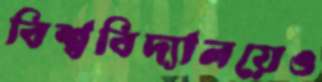
বিশ্ববিদ্যালয়েও